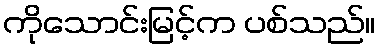
ကိုသောင်းမြင့်က ပစ်သည်။